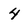
Character: 4